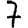
Digit: 7